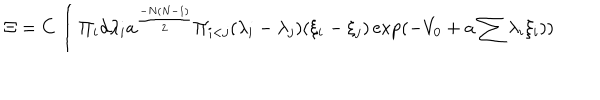
\Xi = C \int \Pi _ { i } d \lambda _ { i } a ^ { { \frac { - N ( N - 1 ) } { 2 } } } \Pi _ { i < j } ( \lambda _ { i } - \lambda _ { j } ) ( \xi _ { i } - \xi _ { j } ) \exp ( - V _ { 0 } + a \sum \lambda _ { i } \xi _ { i } ) )